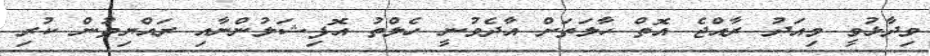
ވިދާޅުވީ މިއަދު ރާއްޖެ އޮތް ހާލަތަށް އާދެވުނީ ހެލްތު އޮފިޝަލުންނާއި ރައްޔިތުން ކުރި